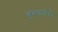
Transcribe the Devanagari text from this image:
वुल्फबेरी